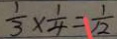
\frac { 1 } { 3 } \times \frac { 1 } { 4 } = \frac { 1 } { 1 2 }